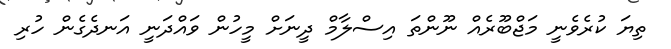
ތިޔަ ކުރެވެނީ މަޖްބޫރެއް ނޫންތަ އިސްލާމް ދީނަށް މީހުން ވައްދަނީ އަނދެގެން ހުރި